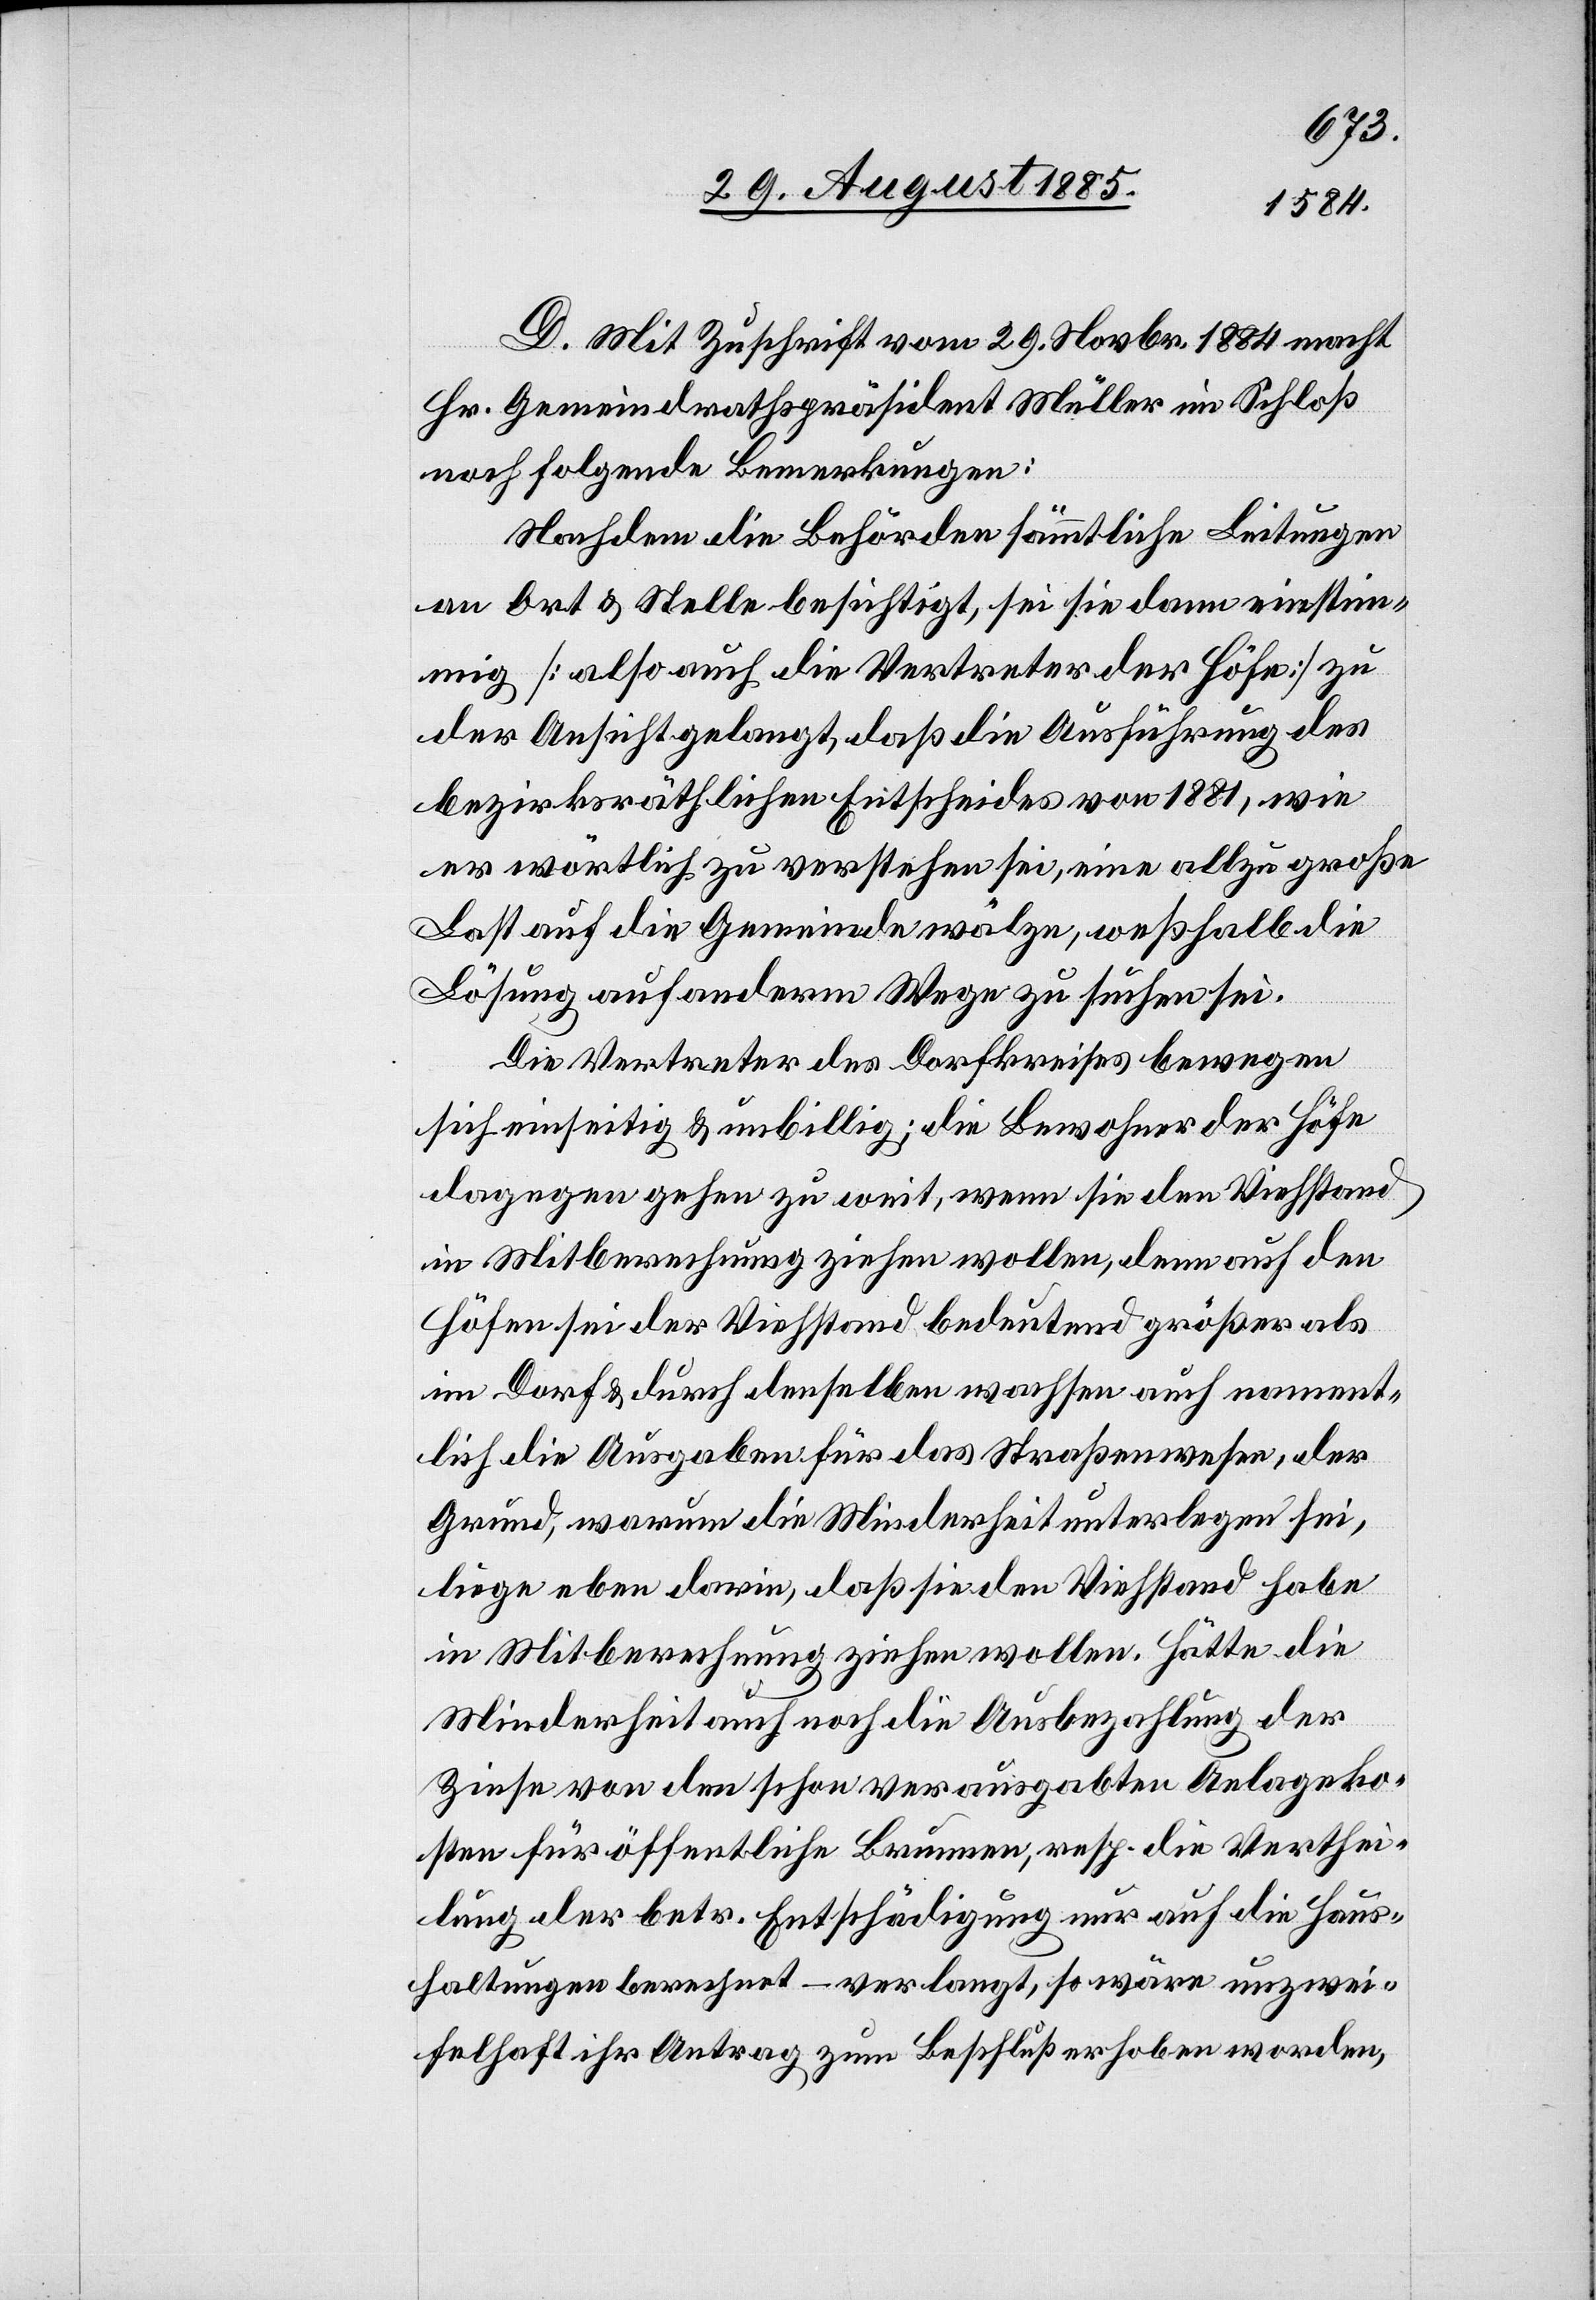
D. Mit Zuschrift vom 29. Novbr. 1884 macht
Hr. Gemeindrathspräsident Müller im Schloß
noch folgende Bemerkungen:
Nachdem die Behörde sämmtliche Leitungen
an Ort & Stelle besichtigt, sei sie dann einstim¬
mig [also auch die Vertreter der Höfe] zu
der Ansicht gelangt, daß die Ausführung des
bezirksräthlichen Entscheides von 1881, wie
er wörtlich zu verstehen sei, eine allzu große
Last auf die Gemeinde wälze, weßhalb die
Lösung auf anderm Wege zu suchen sei.
Die Vertreter des Dorfkreises bewegen
sich einseitig & unbillig; die Bewohner der Höfe
dagegen gehen zu weit, wenn sie den Viehstand
in Mitberechnung ziehen wollen, denn auf den
Höfen sei der Viehstand bedeutend größer als
im Dorf & durch denselben wachsen auch nament¬
lich die Ausgaben für das Straßenwesen, der
Grund, warum die Minderheit unterlegen sei,
liege eben darin, daß sie den Viehstand habe
in Mitberechnung ziehen wollen. Hätte die
Minderheit auch noch die Ausbezahlung der
Zinse von den schon verausgabten Anlageko¬
sten für öffentliche Brunnen, resp. die Verthei¬
lung der betr. Entschädigung nur auf die Haus¬
haltungen berechnet – verlangt, so wäre unzwei¬
felhaft ihr Antrag zum Beschluß erhoben worden,